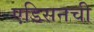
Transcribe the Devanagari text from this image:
एडिसनची